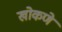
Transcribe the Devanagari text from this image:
खोकणे